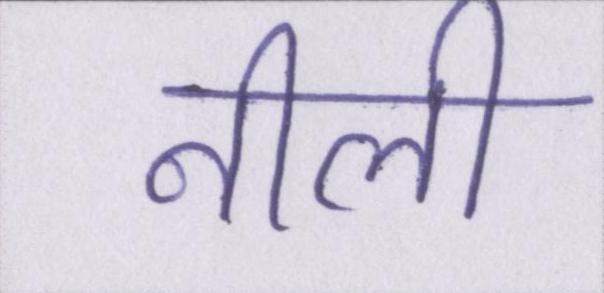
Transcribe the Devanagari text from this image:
नीली